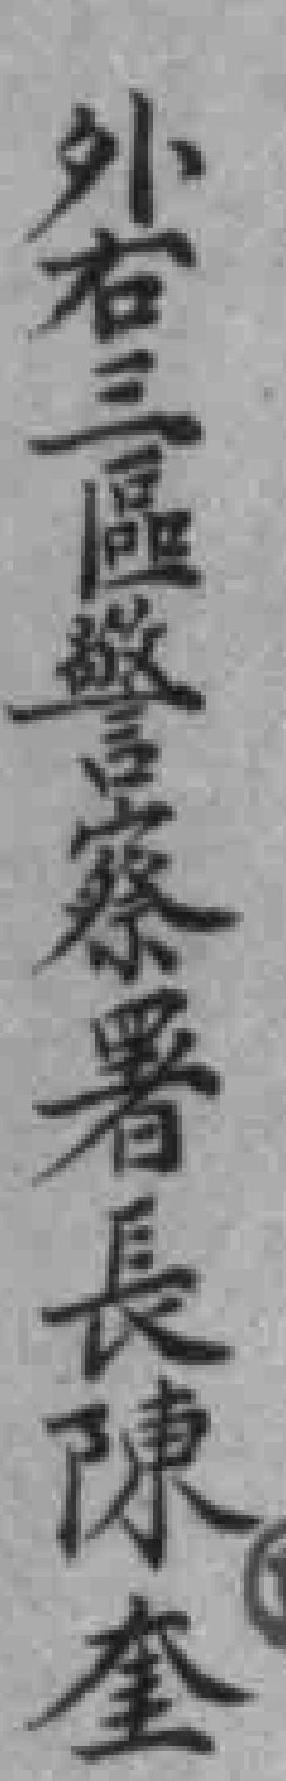
外右三區警察署長陳奎